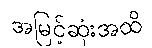
အမြင့်ဆုံးအထိ